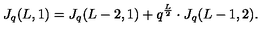
J _ { q } ( L , 1 ) = J _ { q } ( L - 2 , 1 ) + q ^ { \frac { L } { 2 } } \cdot J _ { q } ( L - 1 , 2 ) .